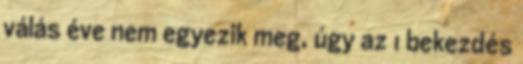
válás éve nem egyezik meg, úgy az 1 bekezdés